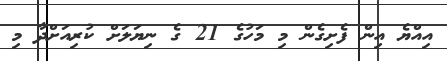
އިއްޔެ އިން ފެށިގެން މި މަހުގެ 21 ގެ ނިޔަލަށް ކުރިއަށްދާ މި